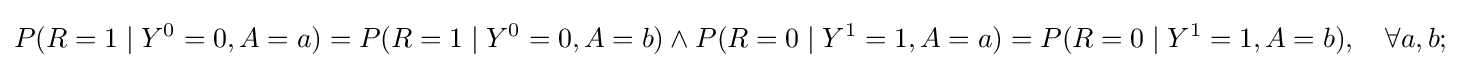
P(R=1\mid Y^{0}=0,A=a)=P(R=1\mid Y^{0}=0,A=b)\wedge P(R=0\mid Y^{1}=1,A=a)=P(R=0\mid Y^{1}=1,A=b),\quad \forall a,b;